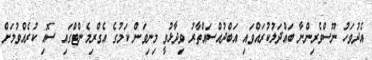
އެދުވަހު ނޫސްވެރިންނާ ބައްދަލުކުރައްވައި އަބްދުއްސައްތާރު ވިދާޅުވީ މިނިވަން ކަމުގެ އެގްރިމެންޓްގައި ސޮއި ކުރެއްވުމަށް